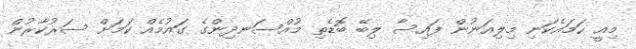
މިއީ ހަމައެކަނި މިލިއަނުން ފައިސާ ލިބޭ ބޮޑެތި މުއްސަނދިންގެ ގައުމެއް ކަމަށް ސަރުކާރުން